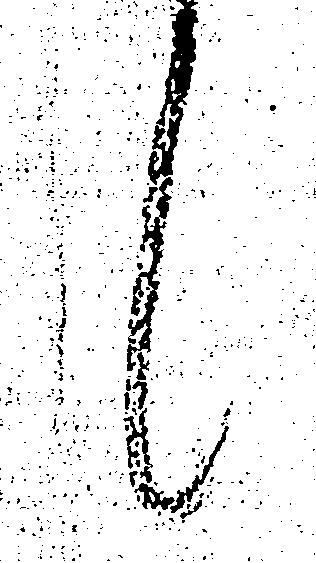
候